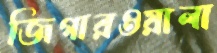
জিগারওয়ালা